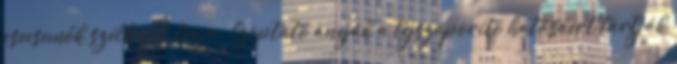
csecsemők szélhajtó teája. Szoptató anyák a tejszaporító hatásáért tartják